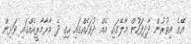
އޭގެ އިތުރުން ދާދިފަހުން މާލޭގައި އެއް ދުވަހެއްގައި ހިގި ދެ މާރާމާރީއެއްގައި ވަޅިން